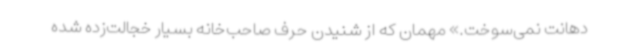
دهانت نمی‌سوخت.» مهمان که از شنیدن حرف صاحب‌خانه بسیار خجالت‌زده شده